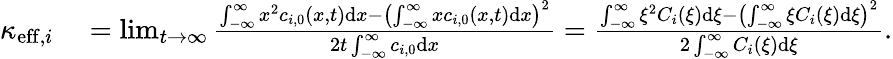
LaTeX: \begin{array}{rl}{\kappa_{\mathrm{eff},i}}&{{}=\operatorname*{lim}_{t\rightarrow\infty}\frac{\int_{-\infty}^{\infty}x^{2}c_{i,0}(x,t)\mathrm{d}x-\left(\int_{-\infty}^{\infty}xc_{i,0}(x,t)\mathrm{d}x\right)^{2}}{2t\int_{-\infty}^{\infty}c_{i,0}\mathrm{d}x}=\frac{\int_{-\infty}^{\infty}\xi^{2}C_{i}(\xi)\mathrm{d}\xi-\left(\int_{-\infty}^{\infty}\xi C_{i}(\xi)\mathrm{d}\xi\right)^{2}}{2\int_{-\infty}^{\infty}C_{i}(\xi)\mathrm{d}\xi}.}\end{array}